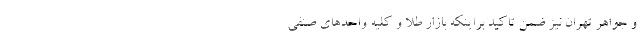
و جواهر تهران نیز ضمن تاکید براینکه بازار طلا و کلیه واحدهای صنفی